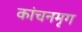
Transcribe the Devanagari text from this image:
कांचनमृग